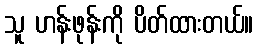
သူ ဟန်းဖုန်းကို ပိတ်ထားတယ်။